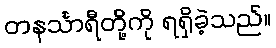
တနင်္သာရီတို့ကို ရရှိခဲ့သည်။